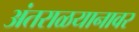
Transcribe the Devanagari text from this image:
अंतराळयानावर